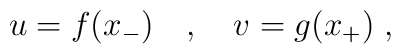
u =  f(x_-) \quad ,  \quad v = g(x_+) \; ,